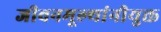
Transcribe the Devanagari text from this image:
जीवनमूल्यांनीयुक्त